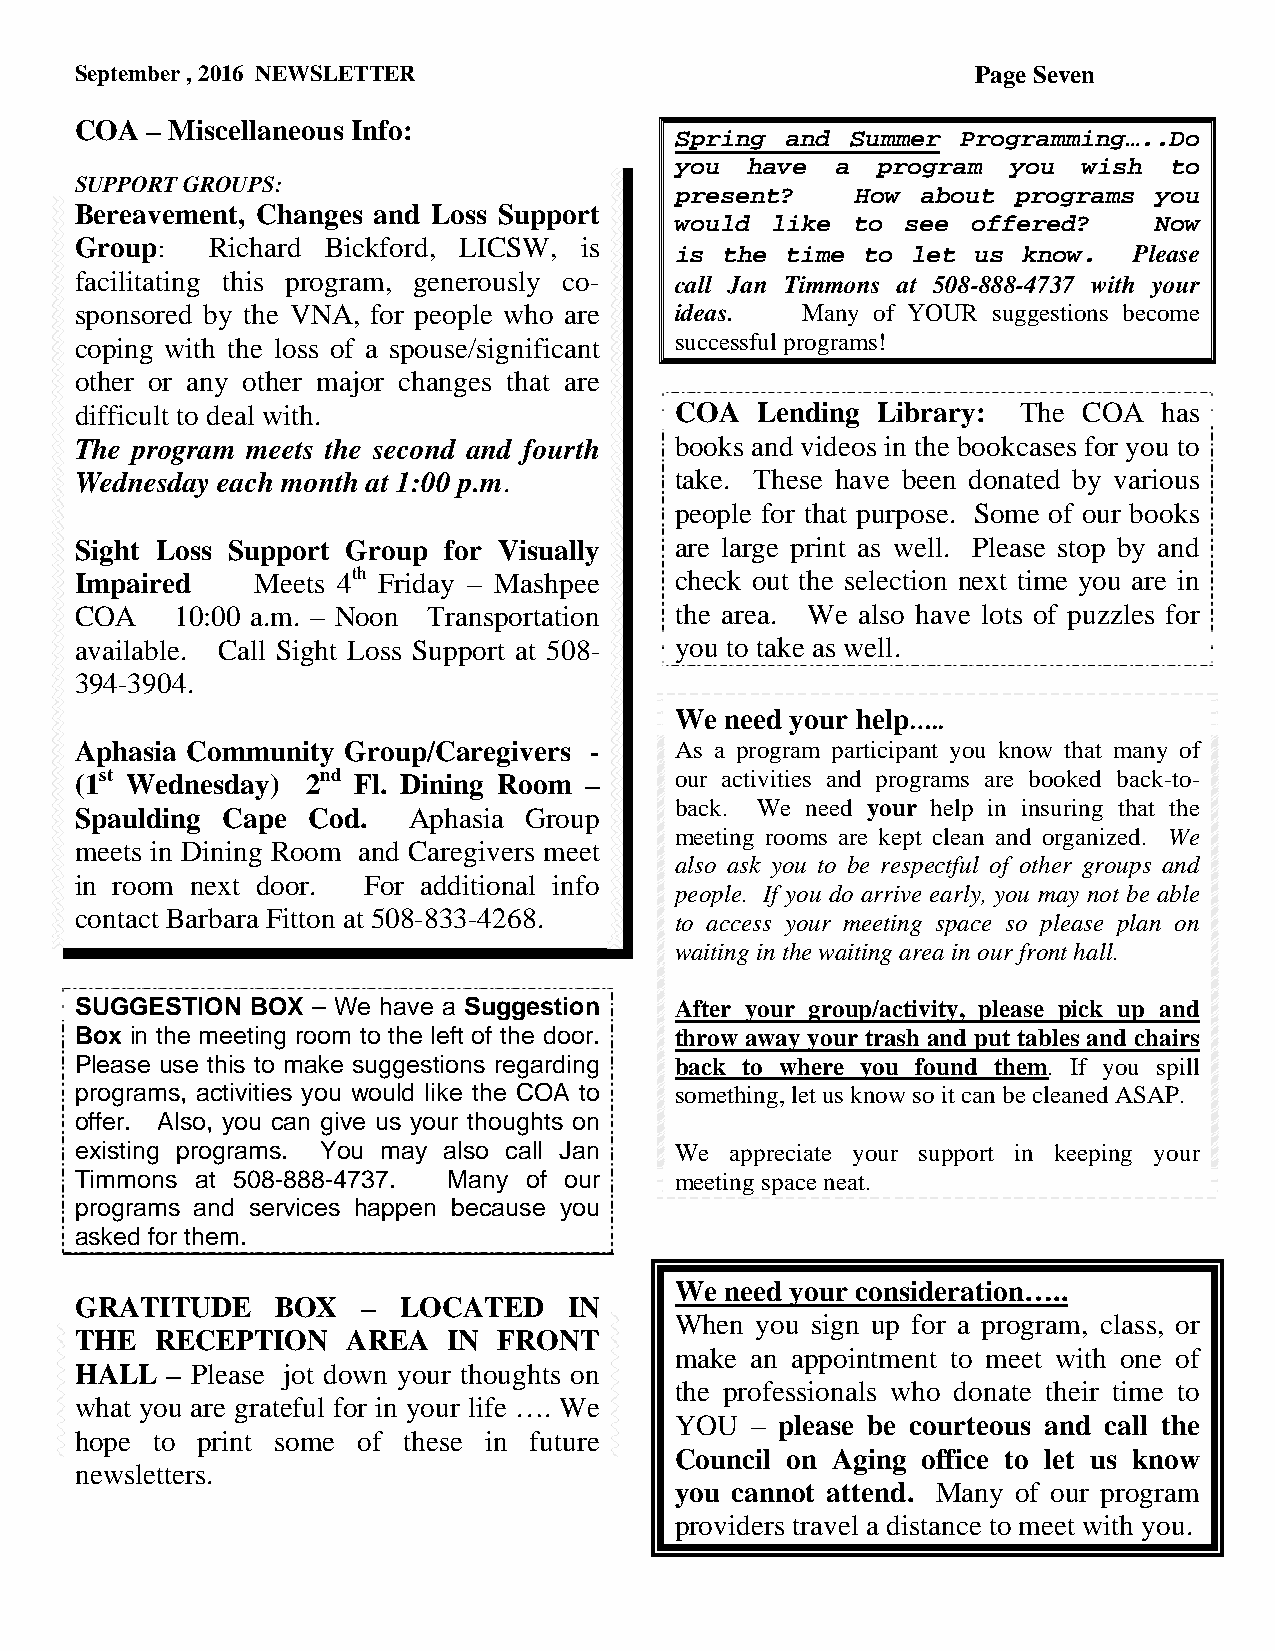
September , 2016 NEWSLETTER                                 Page Seven
 COA  – Miscellaneous Info:
 Spring and Summer  Programming…..Do
 you have  a  program  you  wish to
 SUPPORT GROUPS:
 present?    How about programs you
 Bereavement, Changes and Loss Support
 would like to  see offered?    Now
 Group:   Richard Bickford, LICSW, is
 is the time to let  us know.  Please
 facilitating this program, generously co- call Jan Timmons at 508-888-4737 with your
 sponsored by the VNA, for people who are ideas. Many of YOUR suggestions become
 coping with the loss of a spouse/significant successful programs!
 other or any other major changes that are
 difficult to deal with.                 COA  Lending Library:  The COA  has
 The program meets the second and fourth books and videos in the bookcases for you to
 Wednesday each month at 1:00 p.m.       take. These have been donated by various
 people for that purpose. Some of our books
 Sight Loss Support Group for Visually   are large print as well. Please stop by and
 Impaired    Meets 4th Friday – Mashpee  check out the selection next time you are in
 COA    10:00 a.m. – Noon Transportation the area. We also have lots of puzzles for
 available. Call Sight Loss Support at 508- you to take as well.
 394-3904.
 We need your help…..
 Aphasia Community Group/Caregivers -    As a program participant you know that many of
 (1st Wednesday) 2nd Fl. Dining Room –   our activities and programs are booked back-to-
 back. We need your help in insuring that the
 Spaulding Cape Cod.   Aphasia Group
 meeting rooms are kept clean and organized. We
 meets in Dining Room and Caregivers meet
 also ask you to be respectful of other groups and
 in room next door. For additional info
 people. If you do arrive early, you may not be able
 contact Barbara Fitton at 508-833-4268. to access your meeting space so please plan on
 waiting in the waiting area in our front hall.
 SUGGESTION  BOX – We have a Suggestion  After your group/activity, please pick up and
 Box in the meeting room to the left of the door. throw away your trash and put tables and chairs
 Please use this to make suggestions regarding back to where you found them. If you spill
 programs, activities you would like the COA to something, let us know so it can be cleaned ASAP.
 offer. Also, you can give us your thoughts on
 existing programs. You may also call Jan We appreciate your support in keeping your
 Timmons at 508-888-4737. Many of our    meeting space neat.
 programs and services happen because you
 asked for them.
 We need your consideration…..
 GRATITUDE    BOX   – LOCATED     IN
 When you sign up for a program, class, or
 THE  RECEPTION    AREA   IN FRONT
 make an appointment to meet with one of
 HALL  – Please jot down your thoughts on
 the professionals who donate their time to
 what you are grateful for in your life …. We
 YOU  – please be courteous and call the
 hope to print some of these in future
 Council on Aging office to let us know
 newsletters.
 you cannot attend. Many of our program
 providers travel a distance to meet with you.